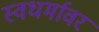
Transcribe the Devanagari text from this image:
स्वधर्मावर